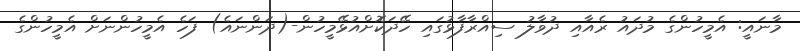
މާނައީ: އެމީހުންގެ މުދައު ރެއާއި ދުވާލު ސިއްރާފާޅުގައި ހޭދަކޮށްއުޅޭމީހުން-(ދަންނައެ) ފަހެ އެމީހުންނަށް އެމީހުންގެ